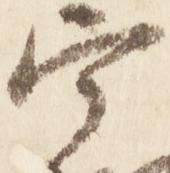
宰